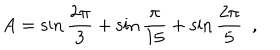
A = \sin \frac { 2 \pi } { 3 } + \sin \frac { \pi } { 1 5 } + \sin \frac { 2 \pi } { 5 } \, \, \, ,